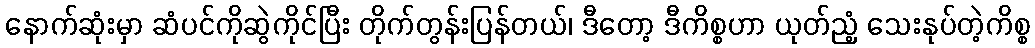
နောက်ဆုံးမှာ ဆံပင်ကိုဆွဲကိုင်ပြီး တိုက်တွန်းပြန်တယ်၊ ဒီတော့ ဒီကိစ္စဟာ ယုတ်ညံ့ သေးနုပ်တဲ့ကိစ္စ